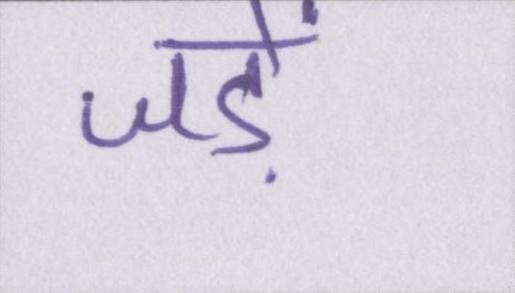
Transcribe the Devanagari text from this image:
जड़ें